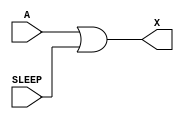
/*
 * Copyright 2020 The SkyWater PDK Authors
 *
 * Licensed under the Apache License, Version 2.0 (the "License");
 * you may not use this file except in compliance with the License.
 * You may obtain a copy of the License at
 *
 *     https://www.apache.org/licenses/LICENSE-2.0
 *
 * Unless required by applicable law or agreed to in writing, software
 * distributed under the License is distributed on an "AS IS" BASIS,
 * WITHOUT WARRANTIES OR CONDITIONS OF ANY KIND, either express or implied.
 * See the License for the specific language governing permissions and
 * limitations under the License.
 *
 * SPDX-License-Identifier: Apache-2.0
*/


`ifndef SKY130_FD_SC_LP__INPUTISO1P_FUNCTIONAL_V
`define SKY130_FD_SC_LP__INPUTISO1P_FUNCTIONAL_V

/**
 * inputiso1p: Input isolation, noninverted sleep.
 *
 *             X = (A & !SLEEP)
 *
 * Verilog simulation functional model.
 */

`timescale 1ns / 1ps
`default_nettype none

`celldefine
module sky130_fd_sc_lp__inputiso1p (
    X    ,
    A    ,
    SLEEP
);

    // Module ports
    output X    ;
    input  A    ;
    input  SLEEP;

    //  Name  Output  Other arguments
    or  or0  (X     , A, SLEEP       );

endmodule
`endcelldefine

`default_nettype wire
`endif  // SKY130_FD_SC_LP__INPUTISO1P_FUNCTIONAL_V